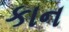
કાન